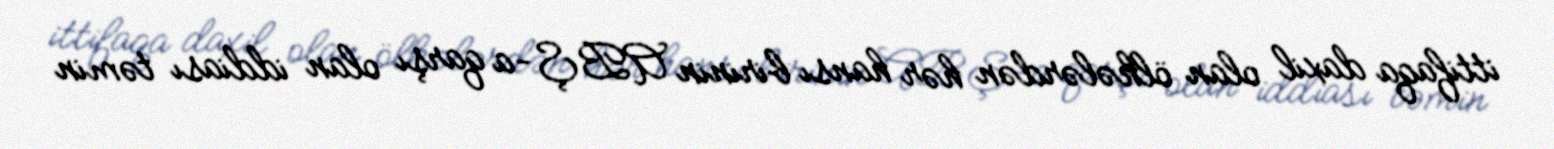
ittifaqa daxil olan ölkələrdən hər hansı birinin ABŞ-a qarşı olan iddiası təmin